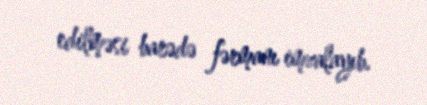
edilməsi barədə fərmanı imzalayıb.